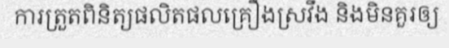
ការត្រួតពិនិត្យផលិតផលគ្រឿងស្រវឹង និងមិនគួរឲ្យ